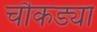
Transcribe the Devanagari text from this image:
चौकड्या